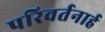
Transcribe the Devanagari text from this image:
परिवर्तनार्ह